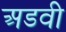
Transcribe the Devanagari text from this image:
अडवी